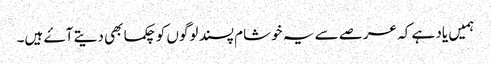
ہمیں یاد ہے کہ عرصے سے یہ خوشام پسند لوگوں کو چکما بھی دیتے آۓ ہیں۔